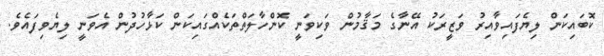
ކޮބައިކަން ލިޔެފައިވާއިރު ވަޒީރަކު އޭނާގެ މަޤާމުން ވަކިވަނީ ކޮންހާލަތްތަކެއްގައިކަން ކަޅާހުދުން އެވަނީ ލިޔެވިފައެވެ.